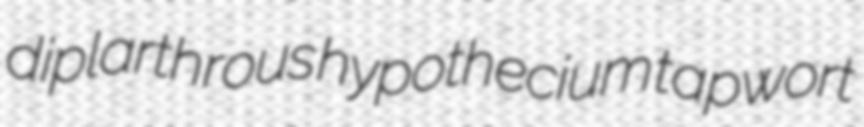
diplarthrous hypothecium tapwort